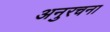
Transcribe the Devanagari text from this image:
अनुरचना